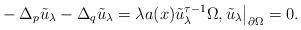
LaTeX: \begin{align*}&-\Delta_p \tilde{u}_\lambda -\Delta_q \tilde{u}_\lambda = \lambda a(x) \tilde{u}_\lambda^{\tau-1} \Omega, \tilde{u}_\lambda\big|_{\partial \Omega}=0. \end{align*}